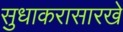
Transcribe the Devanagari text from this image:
सुधाकरासारखे